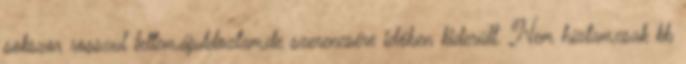
sokszor rosszul lettem,ájuldoztam,de szerencsére időben kiderült. Nem híztam,csak kb